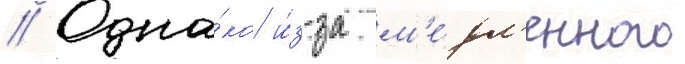
// Одна́ко и́з-за м'е́дл'енного